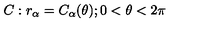
C : r _ { \alpha } = C _ { \alpha } ( \theta ) ; 0 < \theta < 2 \pi